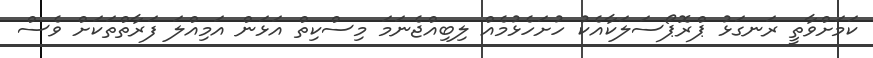
ކަމަށްވާތީ ރަނގަޅު ޕްރޮޕޯސަލަކާއެކު ހުށަހެޅުމެއް ލިބިއްޖެނަމަ މިސްކިތް އަޅަން އަމިއްލަ ފަރާތްތަކަށް ވެސް